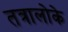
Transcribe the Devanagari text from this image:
तत्रालोके